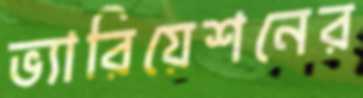
ভ্যারিয়েশনের